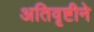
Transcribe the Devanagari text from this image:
अतिवृष्टीने